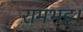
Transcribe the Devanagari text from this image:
रामभट्ट।